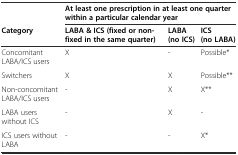
<table><thead><tr><td></td><td colspan="3"><b>At least one prescription in at least one quarter within a particular calendar year</b></td></tr><tr><td><b>Category</b></td><td><b>LABA &amp; ICS (fixed or non-fixed in the same quarter)</b></td><td><b>LABA (no ICS)</b></td><td><b>ICS (no LABA)</b></td></tr></thead><tbody><tr><td>Concomitant LABA/ICS users</td><td>X</td><td>-</td><td>Possible*</td></tr><tr><td>Switchers</td><td>X</td><td>X</td><td>Possible**</td></tr><tr><td>Non-concomitant LABA/ICS users</td><td>-</td><td>X</td><td>X**</td></tr><tr><td>LABA users without ICS</td><td>-</td><td>X</td><td>-</td></tr><tr><td>ICS users without LABA</td><td>-</td><td>-</td><td>X*</td></tr></tbody></table>